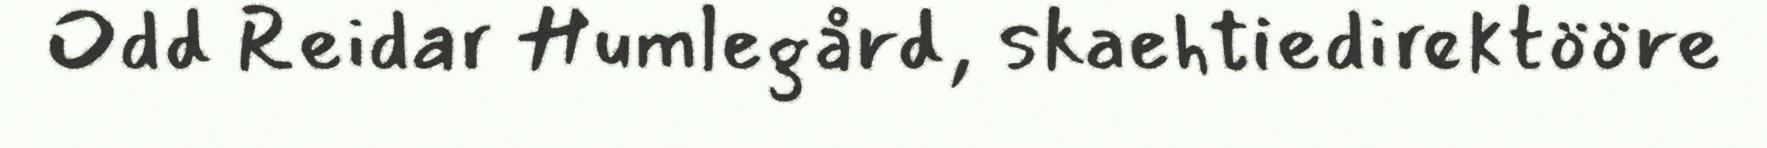
Odd Reidar Humlegård, skaehtiedirektööre